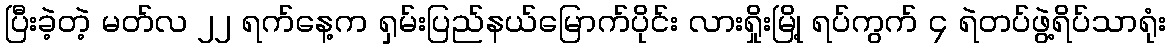
ပြီးခဲ့တဲ့ မတ်လ ၂၂ ရက်နေ့က ရှမ်းပြည်နယ်မြောက်ပိုင်း လားရှိုးမြို့ ရပ်ကွက် ၄ ရဲတပ်ဖွဲ့ရိပ်သာရုံး